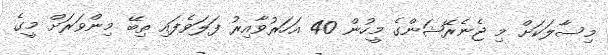
މިސާލަކަށް މި ޖެނެރޭޝަންގެ މީހުން 40 އަހަރުވާއިރު ފަލަވެފައި ތިބޭ މިންވަރަށް މީގެ